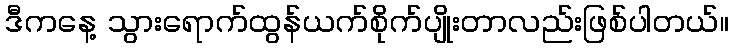
ဒီကနေ့ သွားရောက်ထွန်ယက်စိုက်ပျိုးတာလည်းဖြစ်ပါတယ်။